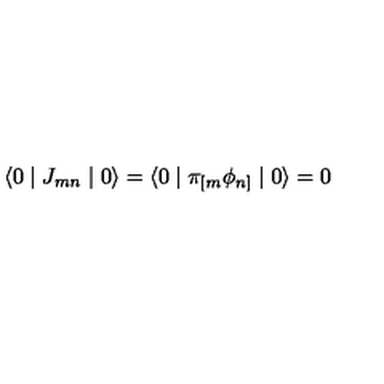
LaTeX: \langle 0 \mid J _ { m n } \mid 0 \rangle = \langle 0 \mid \pi _ { [ m } \phi _ { n ] } \mid 0 \rangle = 0